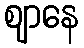
ဈာနေ